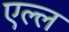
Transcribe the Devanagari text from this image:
एल्ल